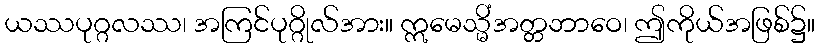
ယဿပုဂ္ဂလဿ၊ အကြင်ပုဂ္ဂိုလ်အား။ ဣမေသ္မိံအတ္တဘာဝေ၊ ဤကိုယ်အဖြစ်၌။